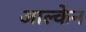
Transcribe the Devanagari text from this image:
आल्केन